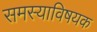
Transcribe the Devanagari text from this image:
समस्याविषयक